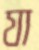
যা